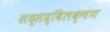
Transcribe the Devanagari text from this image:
सद्सद्विलक्षण